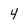
Character: 4